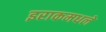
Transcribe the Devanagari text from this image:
इराकमधले